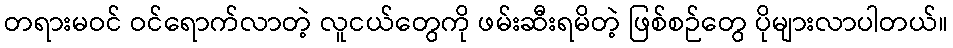
တရားမဝင် ဝင်ရောက်လာတဲ့ လူငယ်တွေကို ဖမ်းဆီးရမိတဲ့ ဖြစ်စဉ်တွေ ပိုများလာပါတယ်။